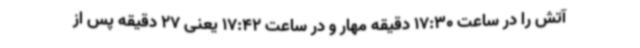
آتش را در ساعت 17:30 دقیقه مهار و در ساعت 17:42 یعنی 27 دقیقه پس از